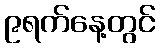
၉ရက်နေ့တွင်